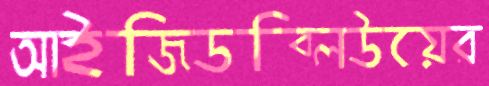
আইজিডব্লিউয়ের